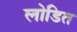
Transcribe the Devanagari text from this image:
लोडित